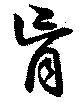
盲